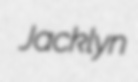
Jacklyn